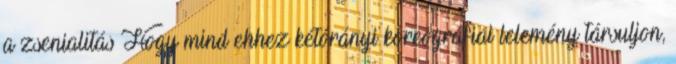
a zsenialitás Hogy mind ehhez kétórányi koreográfiai lelemény társuljon,